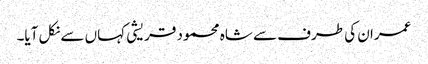
عمران کی طرف سے شاہ محمود قریشی کہاں سے نکل آیا۔